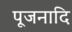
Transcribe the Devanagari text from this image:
पूजनादि